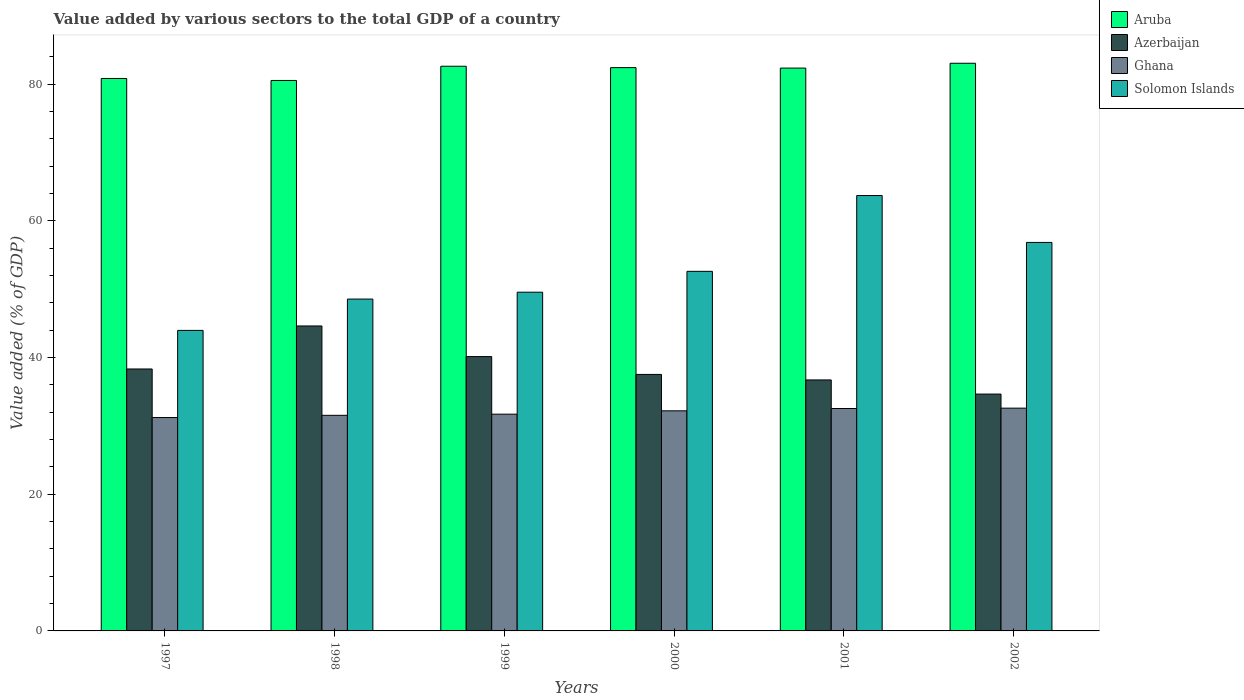
| Years | Aruba | Azerbaijan | Ghana | Solomon Islands |
 | --- | --- | --- | --- | --- |
 | 1997 | 80.8 | 38.3 | 31.2 | 44 |
 | 1998 | 80.5 | 44.6 | 31.5 | 48.5 |
 | 1999 | 82.6 | 40.1 | 31.7 | 49.6 |
 | 2000 | 82.4 | 37.5 | 32.2 | 52.6 |
 | 2001 | 82.3 | 36.7 | 32.5 | 63.7 |
 | 2002 | 83 | 34.6 | 32.6 | 56.8 |